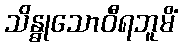
သိန္ဓုသောဝီရဘူမိံ